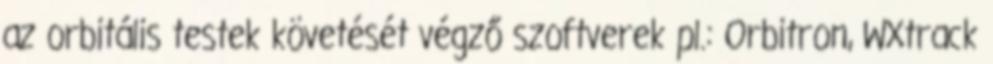
az orbitális testek követését végző szoftverek pl.: Orbitron, WXtrack